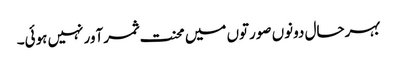
بہرحال دونوں صورتوں میں محنت ثمرآور نہیں ہوئی۔